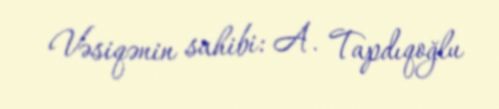
Vəsiqənin sahibi: A. Tapdıqoğlu